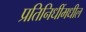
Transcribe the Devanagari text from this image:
प्रतिनिधींमधील